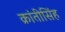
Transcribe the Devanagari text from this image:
क्रांतीसिंह